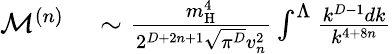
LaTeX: \begin{array}{rl}{\mathcal{M}^{(n)}}&{{}\sim\frac{m_{\mathrm{H}}^{4}}{2^{D+2n+1}\sqrt{\pi^{D}}v_{n}^{2}}\int^{\Lambda}\frac{k^{D-1}dk}{k^{4+8n}}}\end{array}